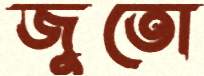
জুতো